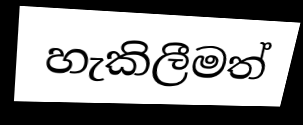
හැකිලීමත්